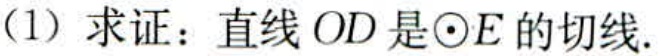
(1) 求证：直线 \(OD\) 是\(\odot E\) 的切线.